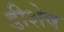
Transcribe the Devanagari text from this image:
डीशेष